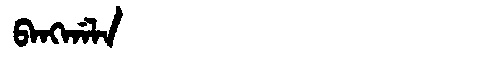
Manchu: ᠪᠠᠩᡤᠠᠯᠠ
Romanization: BANGGALA